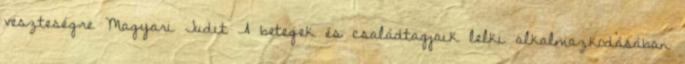
veszteségre Magyari Judit A betegek és családtagjaik lelki alkalmazkodásában